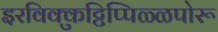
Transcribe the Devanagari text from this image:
इरविक्कुट्टिप्पिळ्ळपोरू